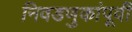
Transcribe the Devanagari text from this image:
निवडणुकांपूर्वी